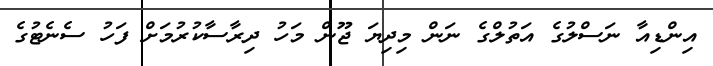
އިންޑިއާ ނަސްލުގެ އަތުލްގެ ނަން މިދިޔަ ޖޫން މަހު ދިރާސާކުރުމަށް ފަހު ސެނެޓުގެ